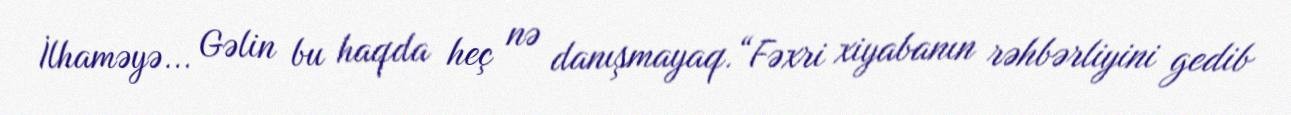
İlhaməyə... Gəlin bu haqda heç nə danışmayaq.“Fəxri xiyabanın rəhbərliyini gedib